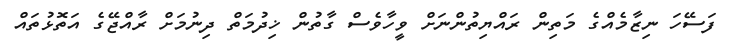
ފަސޭހަ ނިޒާމެއްގެ މަތިން ރައްޔިތުންނަށް ވީހާވެސް ގާތުން ޚިދުމަތް ދިނުމަށް ރާއްޖޭގެ އަތޮޅުތައް